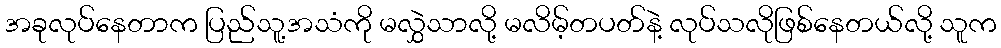
အခုလုပ်နေတာက ပြည်သူ့အသံကို မလွှဲသာလို့ မလိမ့်တပတ်နဲ့ လုပ်သလိုဖြစ်နေတယ်လို့ သူက